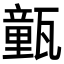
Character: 㼿